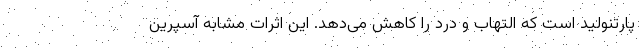
پارتنولید است که التهاب و درد را کاهش می‌دهد. این اثرات مشابه آسپرین